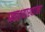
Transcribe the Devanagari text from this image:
प्रवाश्याश्यांना